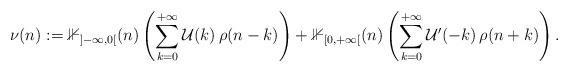
LaTeX: \begin{align*} \nu(n) := \mathbb{1}_{]-\infty, 0[}(n)\left(\displaystyle \sum_{k = 0}^{+\infty}\mathcal{U}(k)\,\rho(n - k)\right)+\mathbb{1}_{[0, +\infty[}(n)\left(\displaystyle \sum_{k = 0}^{+\infty}\mathcal{U}'(-k)\,\rho(n + k)\right).\end{align*}